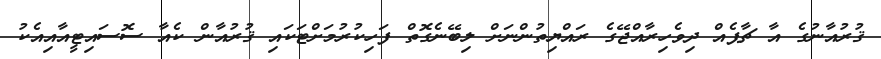
ޤުރުއާނުގެ އާ ޗާޕެއް ދިވެހިރާއްޖޭގެ ރައްޔިތުންނަށް ލިބޭނެގޮތް ފަހިކުރުމަށްޓަކައި ޤުރުއާން ކެއާ ސޮސައިޓީއާއިއެކު